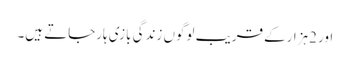
اور 2ہزارکے قریب لوگوں زندگی بازی ہارجاتے ہیں۔